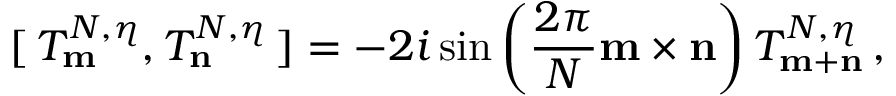
[ \, T _ { \bf m } ^ { N , \eta } , T _ { \bf n } ^ { N , \eta } \, ] = - 2 i \sin \left( \frac { 2 \pi } { N } { \bf m \times n } \right) T _ { \bf m + n } ^ { N , \eta } \, ,